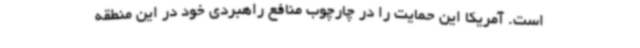
است. آمریکا این حمایت را در چارچوب منافع راهبردی خود در این منطقه